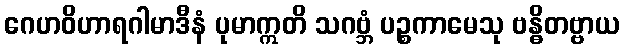
ဂေဟဝိဟာရဂါမာဒီနံ ပုမာဣတိ သဂဗ္ဘံ ပဉ္စကာမေသု ဗန္ဓိတဗ္ဗာယ